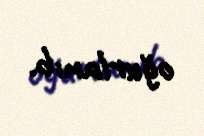
oğurlanıb.